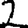
Digit: 2